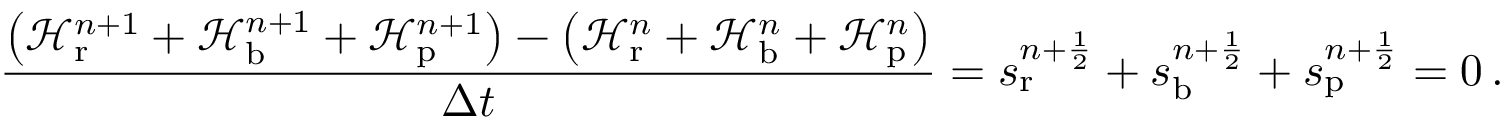
\frac { \left( \mathcal H _ { \mathrm { r } } ^ { n + 1 } + \mathcal H _ { \mathrm { b } } ^ { n + 1 } + \mathcal H _ { \mathrm { p } } ^ { n + 1 } \right) - \left( \mathcal H _ { \mathrm { r } } ^ { n } + \mathcal H _ { \mathrm { b } } ^ { n } + \mathcal H _ { \mathrm { p } } ^ { n } \right) } { \Delta t } = s _ { \mathrm { r } } ^ { n + \frac 1 2 } + s _ { \mathrm { b } } ^ { n + \frac 1 2 } + s _ { \mathrm { p } } ^ { n + \frac 1 2 } = 0 \, .